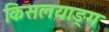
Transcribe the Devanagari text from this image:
किसलयाङ्ग